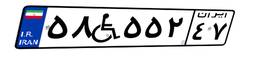
۵۸W۵۵۲۴۷